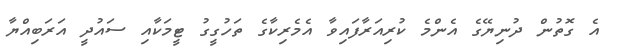
އެ ގޮތުން ދުނިޔޭގެ އެންމެ ކުރިއަރާފައިވާ އެމެރިކާގެ ތަހުގީގު ޓީމަކާއި ސައުދީ އަރަބިއްޔާ